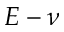
E - \nu